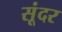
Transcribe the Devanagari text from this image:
सूंदर